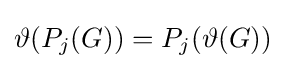
\vartheta (P_{j}(G))=P_{j}(\vartheta (G))